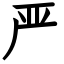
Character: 严